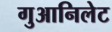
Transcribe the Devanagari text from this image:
गुआनिलेट